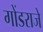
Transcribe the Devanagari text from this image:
गोंडराजे